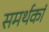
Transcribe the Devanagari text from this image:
समर्थकां